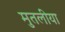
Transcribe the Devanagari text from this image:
मुतलीया